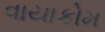
વાયાકોમ